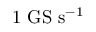
\mathrm { 1 ~ G S ~ s ^ { - 1 } }